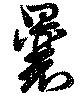
曩